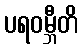
ပရဝမ္ဘီတိ